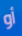
أو